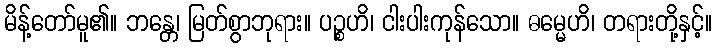
မိန့်တော်မူ၏။ ဘန္တေ၊ မြတ်စွာဘုရား။ ပဉ္စဟိ၊ ငါးပါးကုန်သော။ ဓမ္မေဟိ၊ တရားတို့နှင့်။